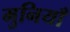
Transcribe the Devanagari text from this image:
मुनियाँ